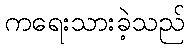
ကရေးသားခဲ့သည်